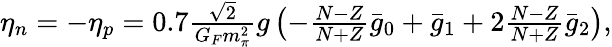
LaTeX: \begin{array}{r}{\eta_{n}=-\eta_{p}=0.7\frac{\sqrt{2}}{G_{F}m_{\pi}^{2}}g\left(-\frac{N-Z}{N+Z}\bar{g}_{0}+\bar{g}_{1}+2\frac{N-Z}{N+Z}\bar{g}_{2}\right),}\end{array}